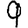
Digit: 9